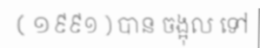
( ១៩៩១ ) បាន ចង្អុល ទៅ